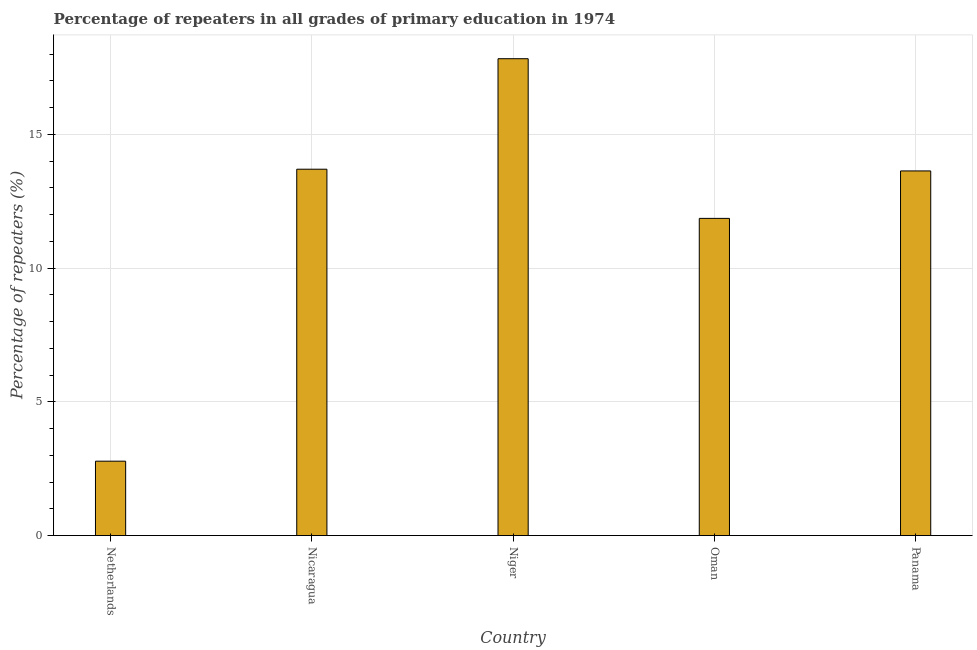
| Country | Repeaters in primary education |
 | --- | --- |
 | Netherlands | 2.78 |
 | Nicaragua | 13.7 |
 | Niger | 17.8 |
 | Oman | 11.9 |
 | Panama | 13.6 |